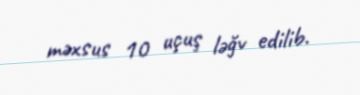
məxsus 10 uçuş ləğv edilib.